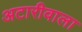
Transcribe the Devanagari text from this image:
अटारीवाला